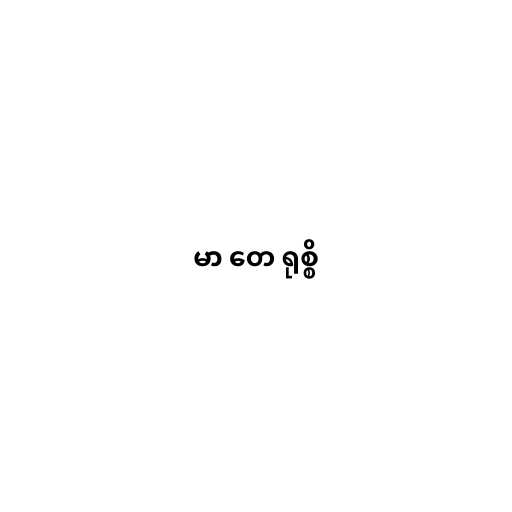
မာ တေ ရုစ္စိ